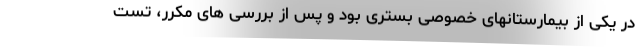
در یکی از بیمارستانهای خصوصی بستری بود و پس از بررسی های مکرر، تست